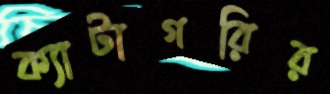
ক্যাটাগরির